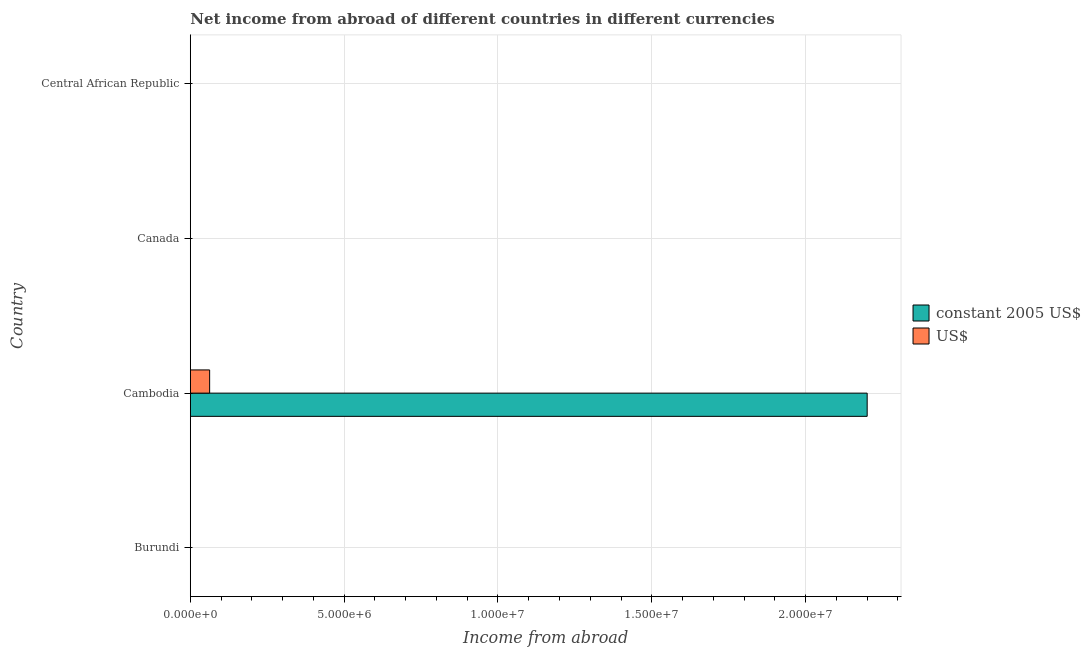
| Country | constant 2005 US$ | US$ |
 | --- | --- | --- |
 | Burundi | -1.28e+08 | -1.52e+06 |
 | Cambodia | 2.2e+07 | 6.29e+05 |
 | Canada | -9.89e+08 | -9.17e+08 |
 | Central African Republic | -1e+08 | -4.08e+05 |